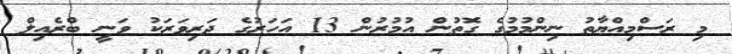
މި ރަސްމިއްޔާތު ނިންމުމުގެ ގޮތުން އުމުރުން 13 އަހަރުގެ ދަރިވަރަކު ވަނީ ބްރެއިލް